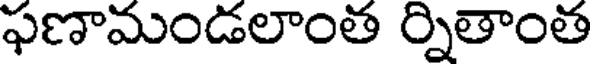
ఫణామండలాంత ర్నితాంత